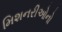
મિશનરીઓનો